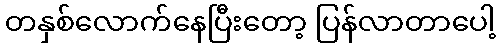
တနှစ်လောက်နေပြီးတော့ ပြန်လာတာပေါ့